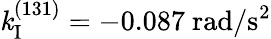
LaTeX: \mathit{k}_{\mathrm{{I}}}^{(131)}=-0.087~\mathrm{{rad/s^{2}}}